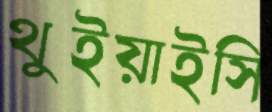
থুইয়াইসি